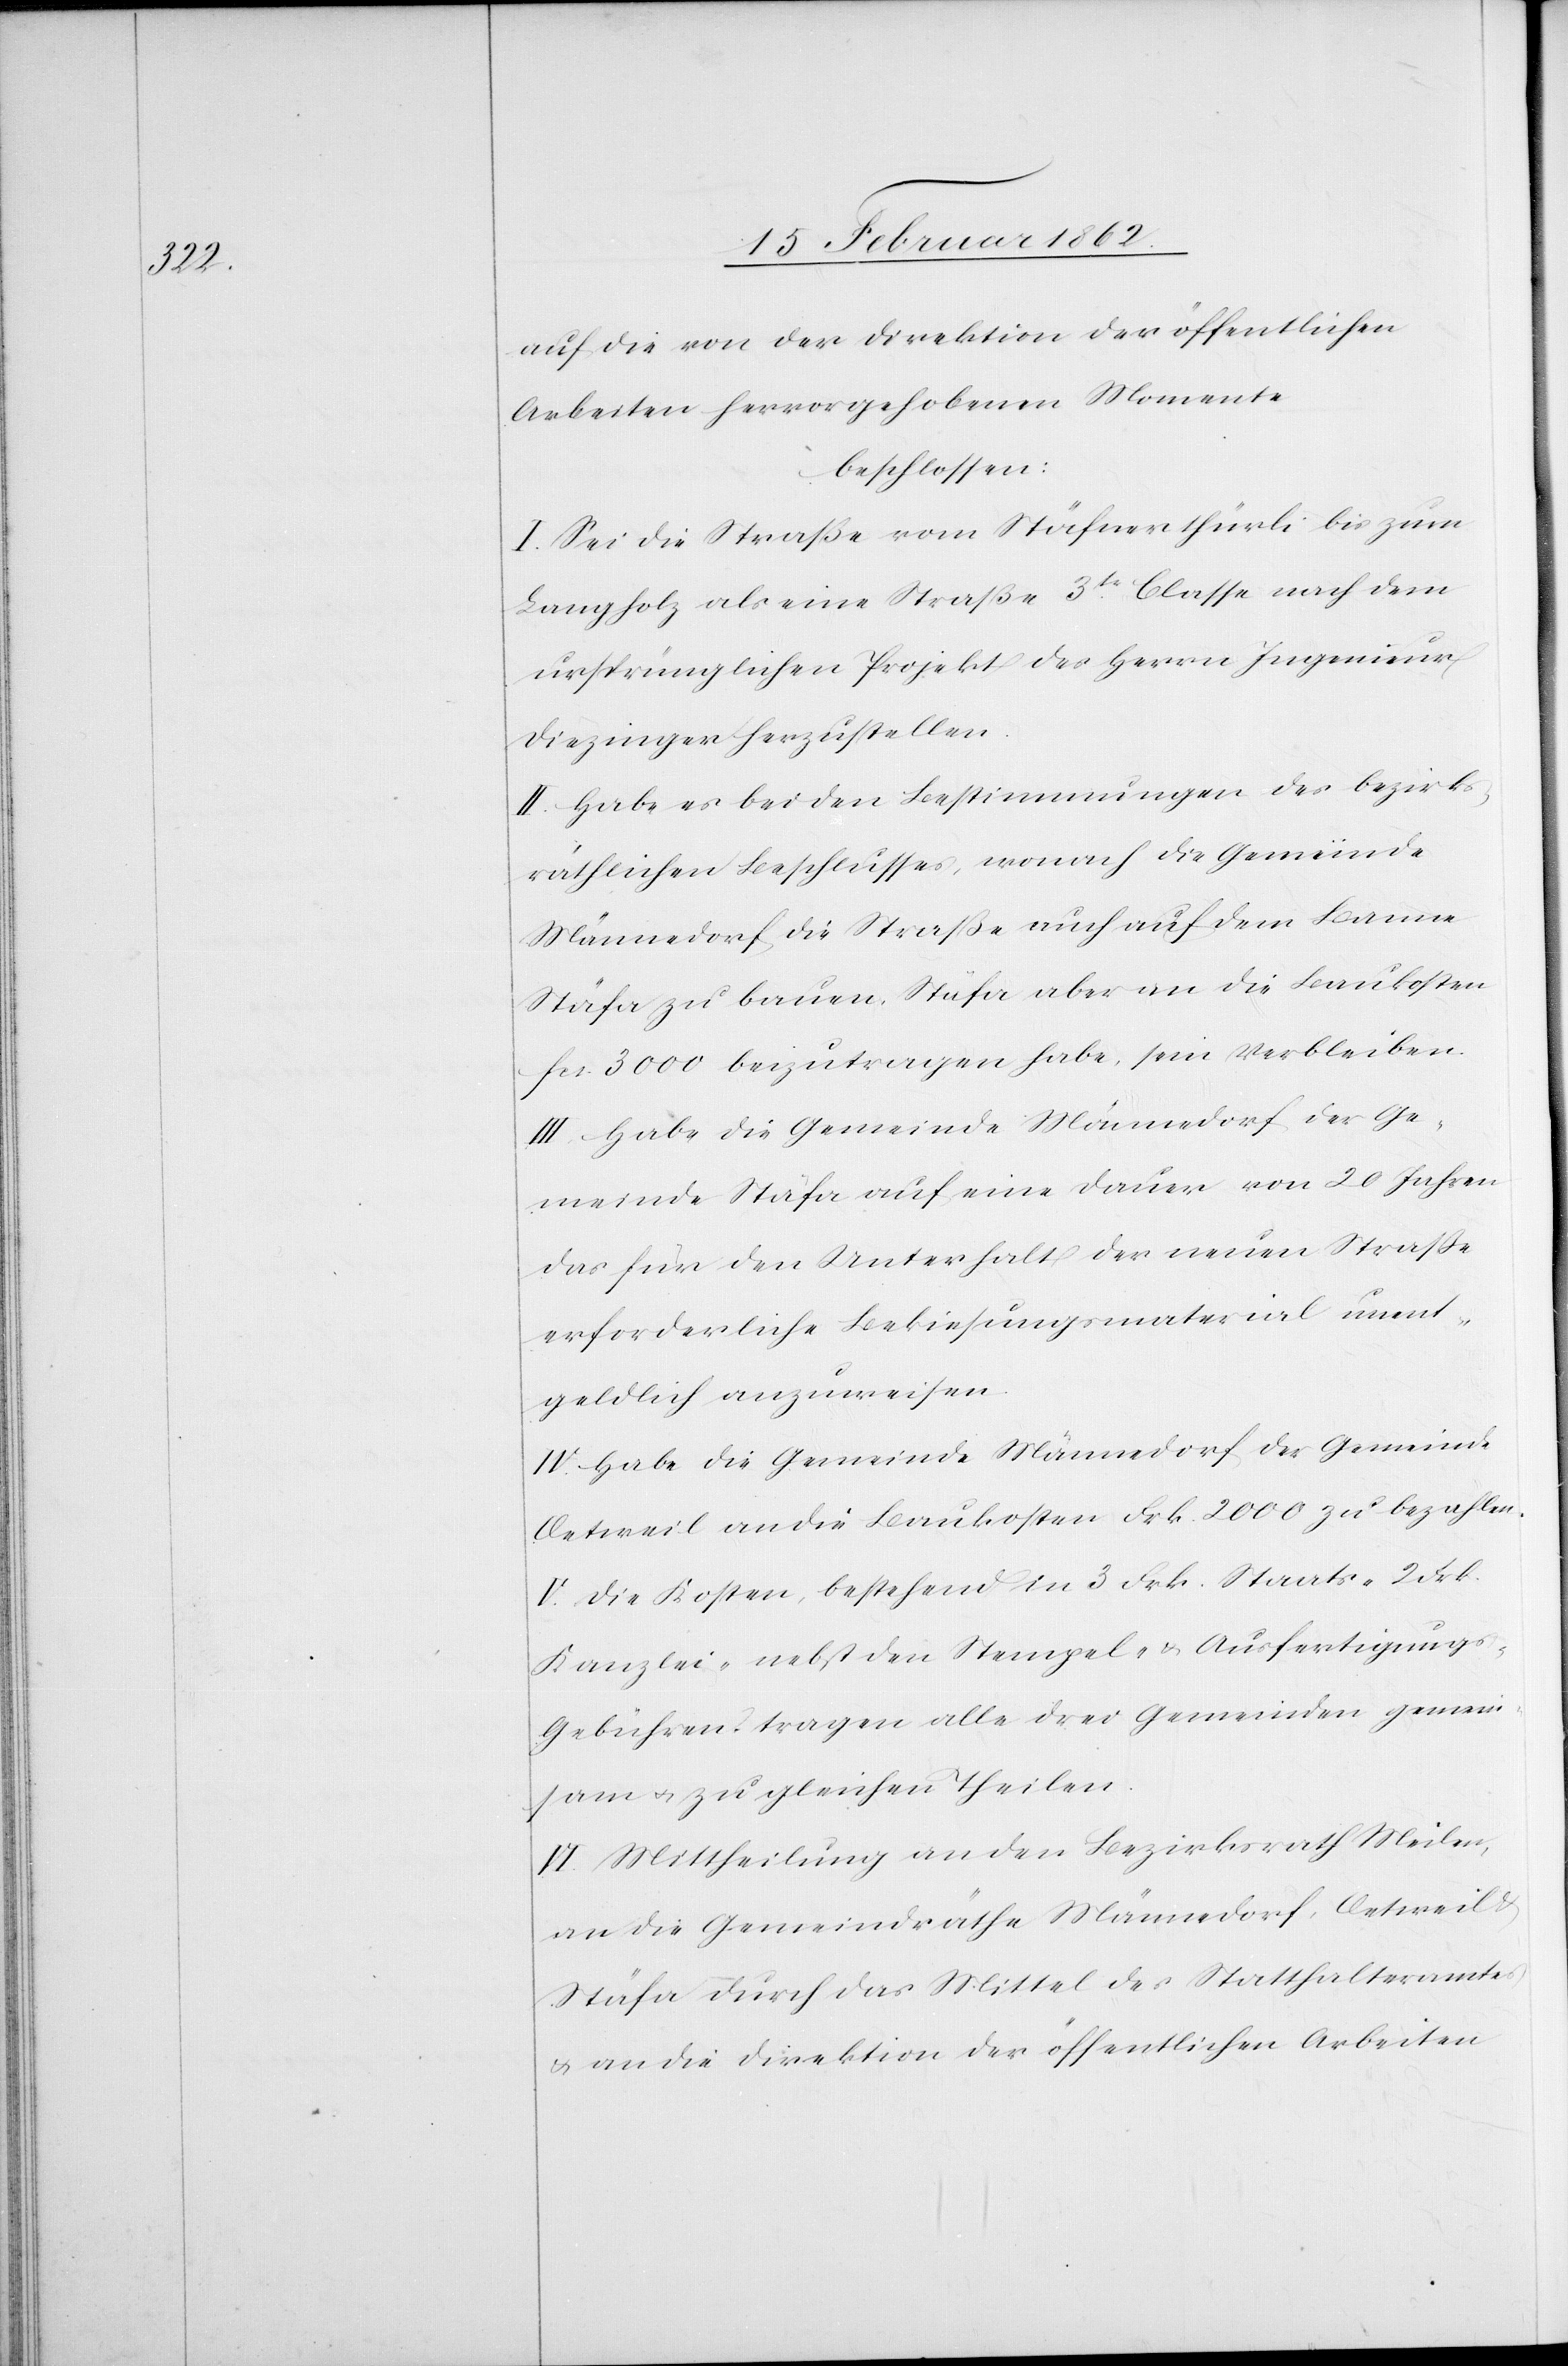
auf die von der Direktion der öffentlichen
Arbeiten hervorgehobenen Momente
beschlossen:
I. Sei die Straße vom Stäfnerthürli bis zum
Langholz als eine Straße 3t. Classe nach dem
ursprünglichen Projekt des Herrn Ingenieur
Diezinger herzustellen.
II. Habe es bei den Bestimmungen des bezirks¬
räthlichen Beschlusses, wonach die Gemeinde
Männedorf die Straße auch auf dem Banne
Stäfa zu bauen, Stäfa aber an die Baukosten
fcs. 3000 beizutragen habe, sein Verbleiben.
III. Habe die Gemeinde Männedorf der Ge¬
meinde Stäfa auf eine Dauer von 20 Jahren
das für den Unterhalt der neuen Straße
erforderliche Bekiesungsmaterial unent¬
geldlich anzuweisen.
IV. Habe die Gemeinde Männedorf der Gemeinde
Oetweil an die Baukosten Frk. 2000 zu bezahlen.
V. Die Kosten, bestehend in 3 Frk. Staats- 2 Frk.
Kanzlei- nebst den Stempel- & Ausfertigung¬
s-Gebühren tragen alle drei Gemeinden gemein¬
sam u. zu gleichen Theilen.
VI. Mittheilung an den Bezirksrath Meilen,
an die Gemeindräthe Männedorf, Oetweil &
Stäfa durch das Mittel des Statthalteramtes
& an die Direktion der öffentlichen Arbeiten